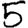
Digit: 5